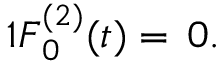
\begin{array} { r } { { 1 } \boldsymbol { { F } } _ { 0 } ^ { ( 2 ) } ( t ) = \, \boldsymbol { { 0 } } . } \end{array}